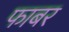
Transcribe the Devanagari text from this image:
फाबर